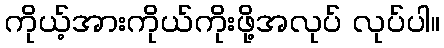
ကိုယ့်အားကိုယ်ကိုးဖို့အလုပ် လုပ်ပါ။